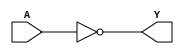
module dwaraka_NOT (output Y, input A);
    not (Y, A);
endmodule